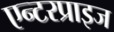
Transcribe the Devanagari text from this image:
एन्टरप्राइज